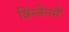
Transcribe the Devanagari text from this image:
ब्रिस्बेनमें